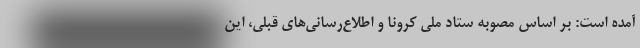
آمده است: بر اساس مصوبه ستاد ملی کرونا و اطلاع‌رسانی‌های قبلی، این